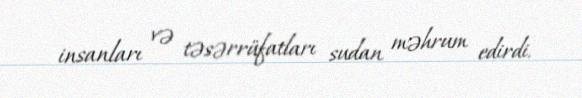
insanları və təsərrüfatları sudan məhrum edirdi.